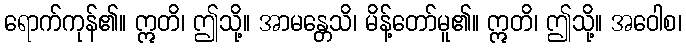
ရောက်ကုန်၏။ ဣတိ၊ ဤသို့။ အာမန္တေသိ၊ မိန့်တော်မူ၏။ ဣတိ၊ ဤသို့။ အဝေါစ၊